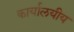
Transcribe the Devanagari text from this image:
कार्यालयीय